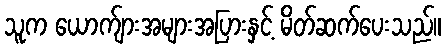
သူက ယောက်ျားအများအပြားနှင့် မိတ်ဆက်ပေးသည်။